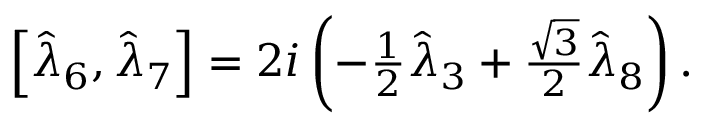
\begin{array} { r } { \left[ \hat { \lambda } _ { 6 } , \hat { \lambda } _ { 7 } \right] = 2 i \left( - \frac { 1 } { 2 } \hat { \lambda } _ { 3 } + \frac { \sqrt { 3 } } { 2 } \hat { \lambda } _ { 8 } \right) . } \end{array}